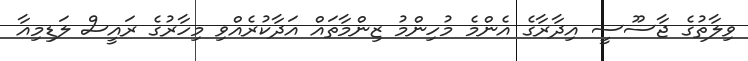
ވިލާތުގެ ޖާސޫސީ އިދާރާގެ އެންމެ މުހިންމު ޒިންމާތައް އަދާކުރެއްވި މިހާރުގެ ރައީސް ލަޑިމިއާ